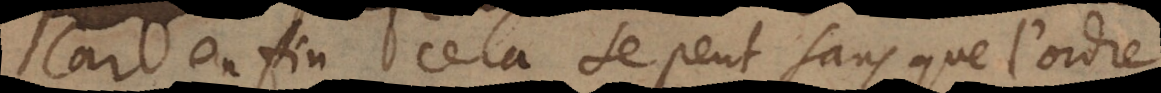
Car enfin cela se peut sans que l’ordre